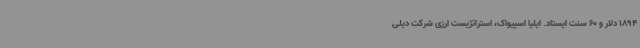
1894 دلار و 60 سنت ایستاد. ایلیا اسپیواک، استراتژیست ارزی شرکت دیلی